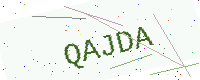
Text: QAJDA